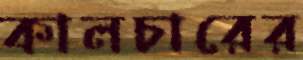
কালচারের